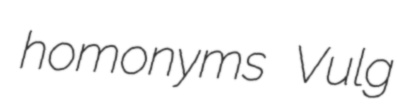
homonyms Vulg